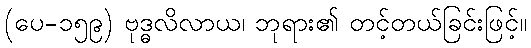
(ပေ-၁၅၉) ဗုဒ္ဓလိလာယ၊ ဘုရား၏ တင့်တယ်ခြင်းဖြင့်။